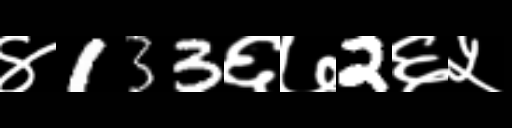
Text: ४133६७2६५